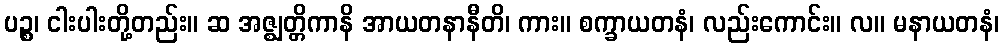
ပဉ္စ၊ ငါးပါးတို့တည်း။ ဆ အဇ္ဈတ္တိကာနိ အာယတနာနီတိ၊ ကား။ စက္ခာယတနံ၊ လည်းကောင်း။ လ။ မနာယတနံ၊